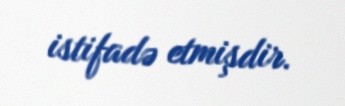
istifadə etmişdir.